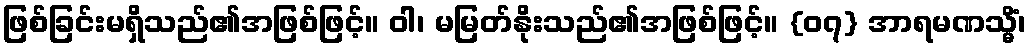
ဖြစ်ခြင်းမရှိသည်၏အဖြစ်ဖြင့်။ ဝါ၊ မမြတ်နိုးသည်၏အဖြစ်ဖြင့်။ {၀၇} အာရမဏသ္မိံ၊